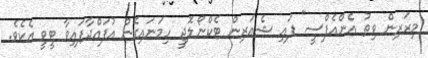
މިރަރިން ވިތު އެންއެފްސީ" ފައި ޝެއަރިން ޓެކްނޯލޮޖީ ހިމަނައިގެން އުފައްދާފައިވާ ޓީވީ އެކެވެ.